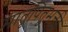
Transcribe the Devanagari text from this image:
मातृपितृभक्ती